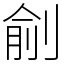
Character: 㓱